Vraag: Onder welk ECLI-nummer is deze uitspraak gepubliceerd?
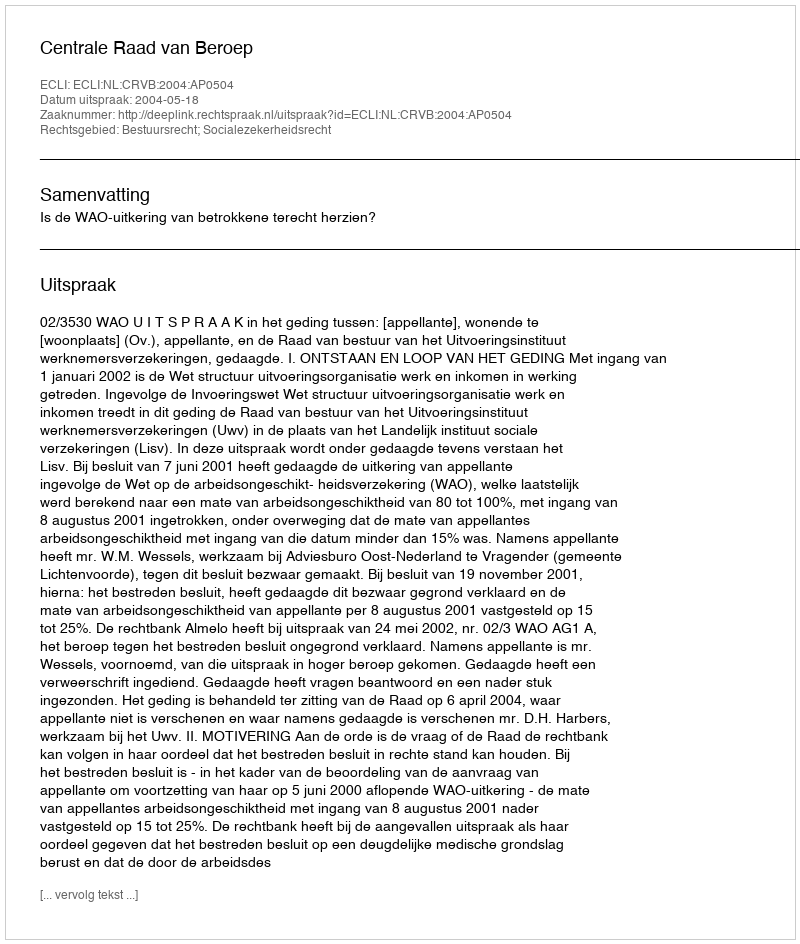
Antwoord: ECLI:NL:CRVB:2004:AP0504